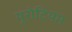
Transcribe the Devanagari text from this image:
यूरोटियम